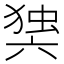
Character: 𭁘